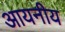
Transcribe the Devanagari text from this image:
आयनीय